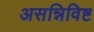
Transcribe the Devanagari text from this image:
असन्निविष्ट